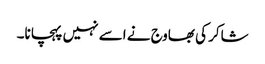
شاکر کی بھاوج نے اسے نہیں پہچانا۔